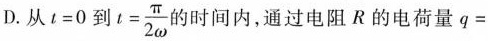
D.从$$t=0$$到 $$t= \frac{\pi}{2 \omega}$$ 时间内，通过电阻R的电荷量q=